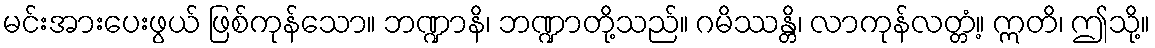
မင်းအားပေးဖွယ် ဖြစ်ကုန်သော။ ဘဏ္ဍာနိ၊ ဘဏ္ဍာတို့သည်။ ဂမိဿန္တိ၊ လာကုန်လတ္တံ့။ ဣတိ၊ ဤသို့။